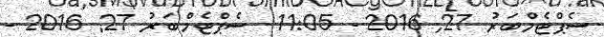
ސެޕްޓެމްބަރު 27